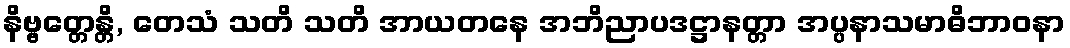
နိဗ္ဗတ္တေန္တိ, တေသံ သတိ သတိ အာယတနေ အဘိညာပဒဋ္ဌာနတ္တာ အပ္ပနာသမာဓိဘာဝနာ